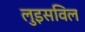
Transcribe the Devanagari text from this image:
लुइसविल